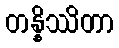
တန္နိဿိတာ